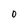
Character: O